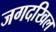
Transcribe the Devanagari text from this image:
जगदखिल